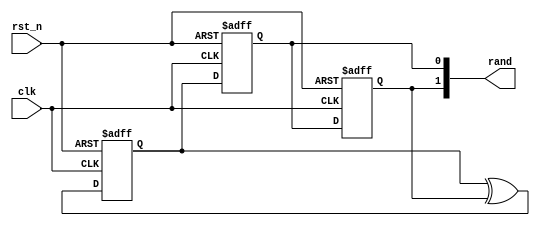
//EE382M-Verification of Digital Systems
//Lab 4 - Formal Property Verification
//
//
//Module - PNSeqGen
//Pseudo-random pattern generator

module PNSeqGen(
  input        clk,
  input        rst_n,
  output [1:0] rand
  );

reg s1, s2, s3;
wire s0;

assign s0 = s1 ^ s3;

always @ (posedge clk or negedge rst_n) begin
  if(!rst_n) begin
   s1 <= 1;
   s2 <= 0;
   s3 <= 0;
  end else begin   
   s1 <= s0;
   s2 <= s1;
   s3 <= s2;
  end
end

assign rand = {s3,s2};

endmodule